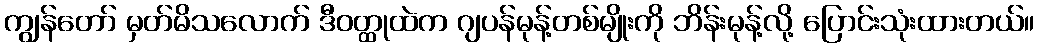
ကျွန်တော် မှတ်မိသလောက် ဒီဝတ္ထုထဲက ဂျပန်မုန့်တစ်မျိုးကို ဘိန်းမုန့်လို့ ပြောင်းသုံးထားတယ်။